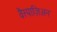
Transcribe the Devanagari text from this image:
वैस्पाज़िअन